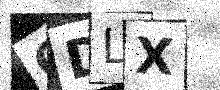
Text: ODLX